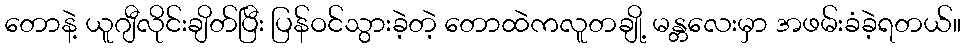
တောနဲ့ ယူဂျီလိုင်းချိတ်ပြီး ပြန်ဝင်သွားခဲ့တဲ့ တောထဲကလူတချို့ မန္တလေးမှာ အဖမ်းခံခဲ့ရတယ်။